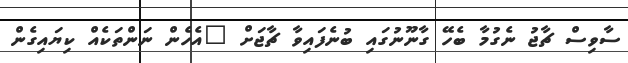
ސާވިސް ޗާޖު ނެގުމާ ބެހޭ ގާނޫނުގައި ބުނެފައިވާ ޗާޖަށް "އެހެން ނަންތަކެއް ކިޔައިގެން